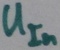
Text: UIn